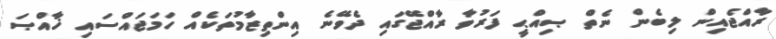
ރާއްޖެއިން ލިބެން ނެތް ޞިއްޙީ ފަރުވާ ރާއްޖޭގައި ދެވޭނެ އިންތިޒާމުތަކެއް ހަމަޖައްސައި ޚާއްޞަ